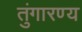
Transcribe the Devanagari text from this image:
तुंगारण्य